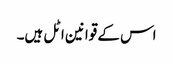
اس کے قوانین اٹل ہیں۔